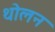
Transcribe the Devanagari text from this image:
थोलन